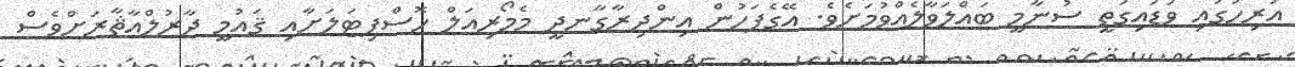
އަރިހުގައި ވަޑައިގަތީ ސުނާމީ ބައްލަވާލެއްވުމަށެވެ. އޭގެފަހުން އިންދިރާގާނދީ މެމޯރިއަލް ހޮސްޕިޓަލަށާއި ޤައުމީ ދާރުލްއާޘާރަށްވެސް